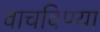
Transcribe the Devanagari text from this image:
वाचविण्या